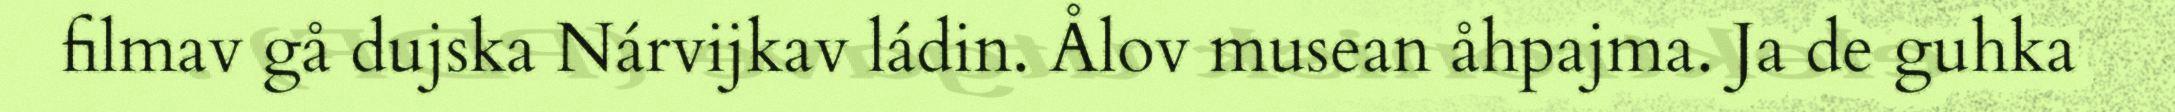
filmav gå dujska Nárvijkav ládin. Ålov musean åhpajma. Ja de guhka